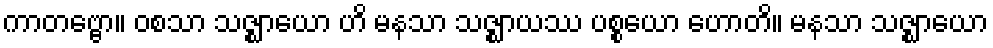
ကာတဗ္ဗော။ ဝစသာ သဇ္ဈာယော ဟိ မနသာ သဇ္ဈာယဿ ပစ္စယော ဟောတိ။ မနသာ သဇ္ဈာယော